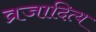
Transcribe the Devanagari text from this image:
व्रजादित्य